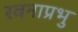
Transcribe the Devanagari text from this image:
रवनाप्रभु